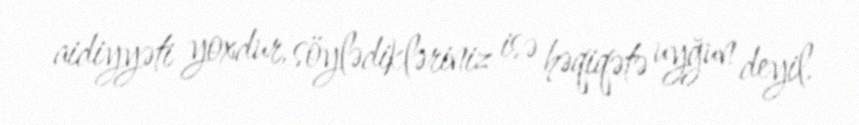
aidiyyəti yoxdur, söylədikləriniz isə həqiqətə uyğun deyil.